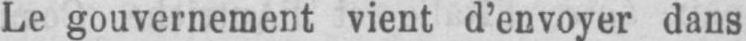
Le gouvernement vient d’envoyer dans